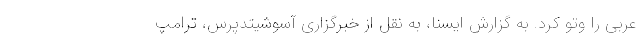
عربی را وتو کرد. به گزارش ایسنا، به نقل از خبرگزاری آسوشیتدپرس، ترامپ